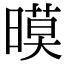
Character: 暯